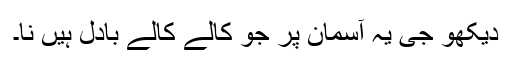
دیکھو جی یہ آسمان پر جو کالے کالے بادل ہیں نا۔